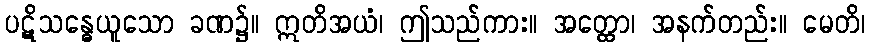
ပဋိသန္ဓေယူသော ခဏ၌။ ဣတိအယံ၊ ဤသည်ကား။ အတ္ထော၊ အနက်တည်း။ မေတိ၊